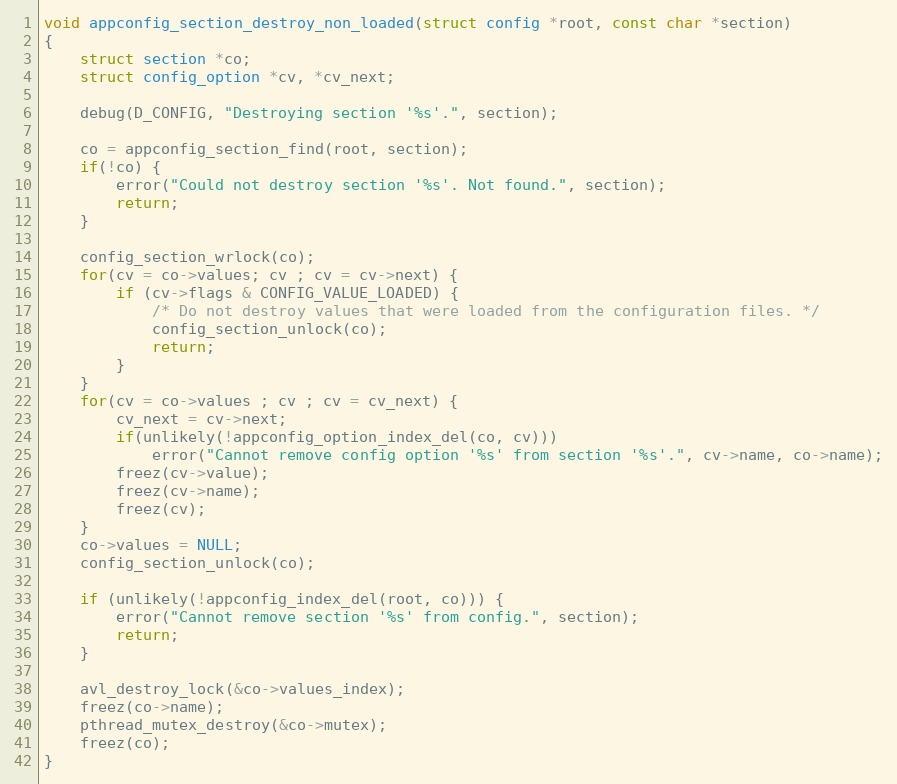
Language: C
void appconfig_section_destroy_non_loaded(struct config *root, const char *section)
{
    struct section *co;
    struct config_option *cv, *cv_next;

    debug(D_CONFIG, "Destroying section '%s'.", section);

    co = appconfig_section_find(root, section);
    if(!co) {
        error("Could not destroy section '%s'. Not found.", section);
        return;
    }

    config_section_wrlock(co);
    for(cv = co->values; cv ; cv = cv->next) {
        if (cv->flags & CONFIG_VALUE_LOADED) {
            /* Do not destroy values that were loaded from the configuration files. */
            config_section_unlock(co);
            return;
        }
    }
    for(cv = co->values ; cv ; cv = cv_next) {
        cv_next = cv->next;
        if(unlikely(!appconfig_option_index_del(co, cv)))
            error("Cannot remove config option '%s' from section '%s'.", cv->name, co->name);
        freez(cv->value);
        freez(cv->name);
        freez(cv);
    }
    co->values = NULL;
    config_section_unlock(co);

    if (unlikely(!appconfig_index_del(root, co))) {
        error("Cannot remove section '%s' from config.", section);
        return;
    }

    avl_destroy_lock(&co->values_index);
    freez(co->name);
    pthread_mutex_destroy(&co->mutex);
    freez(co);
}